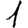
Digit: 1